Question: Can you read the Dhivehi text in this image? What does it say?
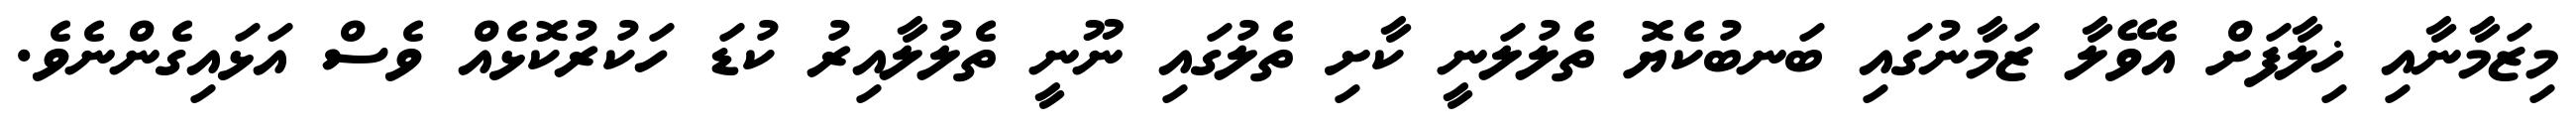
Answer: މިޒަމާނާއި ޚިލާފަށް އެވޭލާ ޒަމާނުގައި ބަނބުކެޔޮ ތެލުލަނީ ކާށި ތެލުގައި ނޫނީ ތެލުލާއިރު ކުޑަ ހަކުރުކޮޅެއް ވެސް އަޅައިގެންނެވެ.